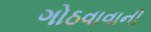
ગોઠવાવાની